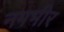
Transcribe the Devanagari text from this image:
नगभीर